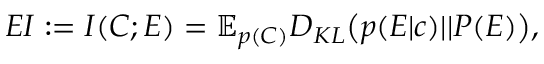
E I : = I ( C ; E ) = \mathbb { E } _ { p ( C ) } D _ { K L } \big ( p ( E | c ) | | P ( E ) \big ) ,